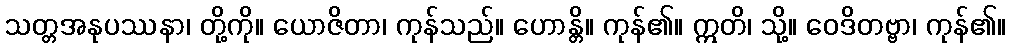
သတ္တအနုပဿနာ၊ တို့ကို။ ယောဇိတာ၊ ကုန်သည်။ ဟောန္တိ။ ကုန်၏။ ဣတိ၊ သို့။ ဝေဒိတဗ္ဗာ၊ ကုန်၏။